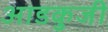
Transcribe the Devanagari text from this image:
आडकुजी